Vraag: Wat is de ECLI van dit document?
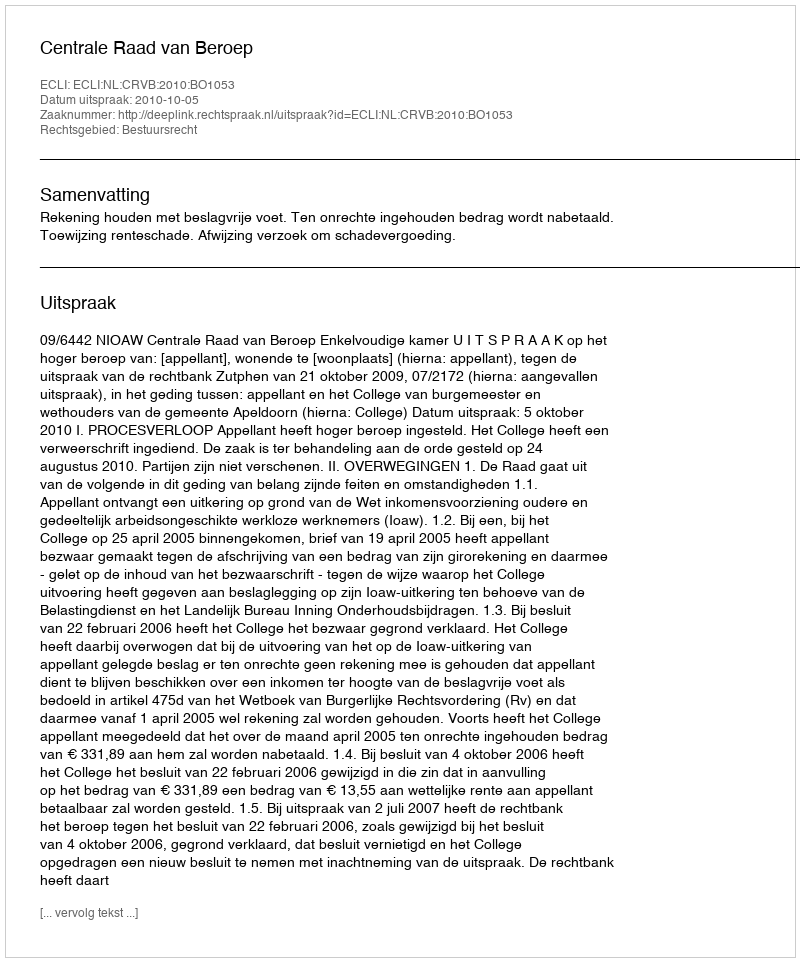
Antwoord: ECLI:NL:CRVB:2010:BO1053